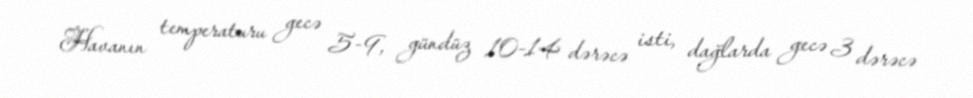
Havanın temperaturu gecə 5-9, gündüz 10-14 dərəcə isti, dağlarda gecə 3 dərəcə